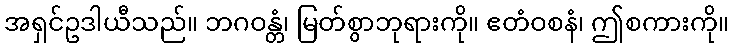
အရှင်ဥဒါယီသည်။ ဘဂဝန္တံ၊ မြတ်စွာဘုရားကို။ ဧတံဝစနံ၊ ဤစကားကို။